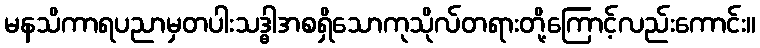
မနသိကာရပညာမှတပါးသဒ္ဓါအစရှိသောကုသိုလ်တရားတို့ကြောင့်လည်းကောင်း။